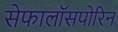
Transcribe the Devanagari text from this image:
सेफालॉसपोरिन